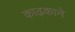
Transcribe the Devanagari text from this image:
काढ़काने